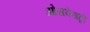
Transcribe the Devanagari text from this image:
ओसवेसट्री